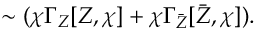
\sim ( \chi \Gamma _ { Z } [ Z , \chi ] + \chi \Gamma _ { \bar { Z } } [ \bar { Z } , \chi ] ) .